Annual administration report of the Civil Veterinary Department of India - 1894-1895
Year: 1894
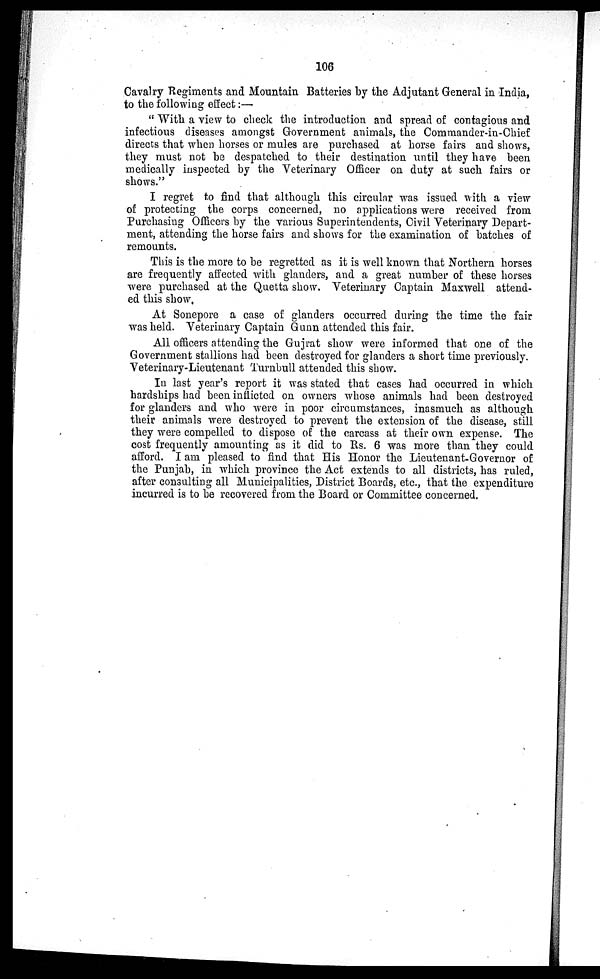
106
Cavalry Regiments and Mountain Batteries by the Adjutant General in India,
to the following effect:—
" With a view to check the introduction and spread of contagious and
infectious diseases amongst Government animals, the Commander-in-Chief
directs that when horses or mules are purchased at horse fairs and shows,
they must not be despatched to their destination until they have been
medically inspected by the Veterinary Officer on duty at such fairs or
shows."
I regret to find that although this circular was issued with a view
of protecting the corps concerned, no applications were received from
Purchasing Officers by the various Superintendents, Civil Veterinary Depart-
ment, attending the horse fairs and shows for the examination of batches of
remounts.
This is the more to be regretted as it is well known that Northern horses
are frequently affected with glanders, and a great number of these horses
were purchased at the Quetta show. Veterinary Captain Maxwell attend-
ed this show,
At Sonepore a case of glanders occurred during the time the fair
was held. Veterinary Captain Gunn attended this fair.
All officers attending the Gujrat show were informed that one of the
Government stallions had been destroyed for glanders a short time previously.
Veterinary-Lieutenant Turnbull attended this show.
In last year's report it was stated that cases had occurred in which
hardships had been inflicted on owners whose animals had been destroyed
for glanders and who were in poor circumstances, inasmuch as although
their animals were destroyed to prevent the extension of the disease, still
they were compelled to dispose of the carcass at their own expense. The
cost frequently amounting as it did to Rs. 6 was more than they could
afford. I am pleased to find that His Honor the Lieutenant-Governor of
the Punjab, in which province the Act extends to all districts, has ruled,
after consulting all Municipalities, District Boards, etc., that the expenditure
incurred is to be recovered from the Board or Committee concerned.